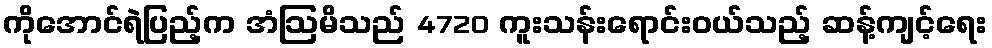
ကိုအောင်ရဲပြည့်က အံဩမိသည် 4720 ကူးသန်းရောင်းဝယ်သည့် ဆန့်ကျင့်ရေး